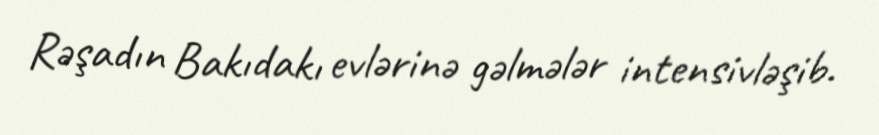
Rəşadın Bakıdakı evlərinə gəlmələr intensivləşib.